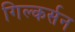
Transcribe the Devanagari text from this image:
गिल्कर्सन